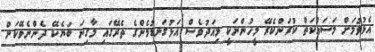
އެޅުވުމަށް މަސައްކަތް ކުރަންކެރޭ މީހުންނަކީ މިއަދުވެސް އަޅުގަނޑުމެންގެ ތެރޭގައި މާގިނަ ބަޔެކޭ ދެންނެވޭކަށް